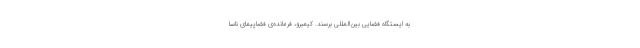
به ایستگاه فضایی بین‌المللی برسند. کیمبرو، فرمانده‌ی فضاپیمای ناسا